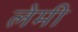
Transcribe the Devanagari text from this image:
लेमी